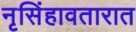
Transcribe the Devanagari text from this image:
नृसिंहावतारात